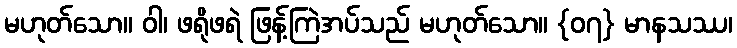
မဟုတ်သော။ ဝါ၊ ဖရိုဖရဲ ဖြန့်ကြဲအပ်သည် မဟုတ်သော။ {၀၇} မာနသဿ၊